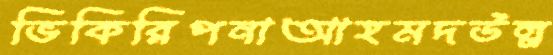
ভিকিরিপনাআহমদউল্ল